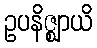
ဥပနိဇ္ဈာယိ